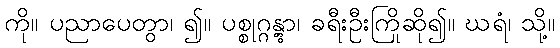
ကို။ ပညာပေတွာ၊ ၍။ ပစ္စုဂ္ဂန္တွာ၊ ခရီးဦးကြိုဆို၍။ ဃရံ၊ သို့။